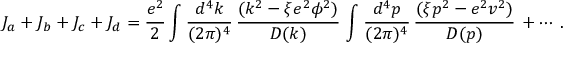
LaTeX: J _ { a } + J _ { b } + J _ { c } + J _ { d } = { \frac { e ^ { 2 } } { 2 } } \int { \frac { d ^ { 4 } k } { ( 2 \pi ) ^ { 4 } } } \, { \frac { ( k ^ { 2 } - \xi e ^ { 2 } \phi ^ { 2 } ) } { D ( k ) } } \, \int { \frac { d ^ { 4 } p } { ( 2 \pi ) ^ { 4 } } } \, { \frac { ( \xi p ^ { 2 } - e ^ { 2 } v ^ { 2 } ) } { D ( p ) } } \, + \cdots \, .